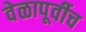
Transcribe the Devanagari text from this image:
वेळापूर्वीच